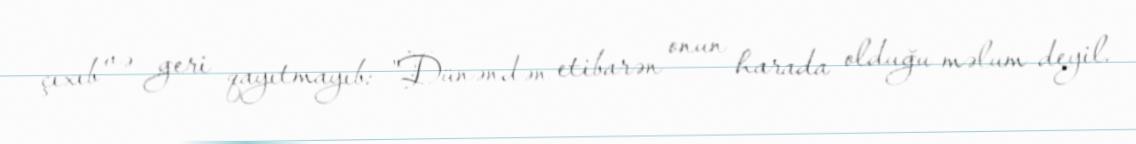
çıxıb və geri qayıtmayıb: "Dünəndən etibarən onun harada olduğu məlum deyil.